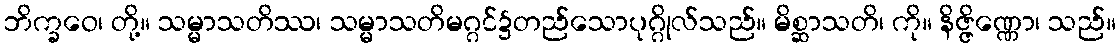
ဘိက္ခဝေ၊ တို့။ သမ္မာသတိဿ၊ သမ္မာသတိမဂ္ဂင်၌တည်သောပုဂ္ဂိုလ်သည်။ မိစ္ဆာသတိ၊ ကို။ နိဇ္ဇိဏ္ဏော၊ သည်။